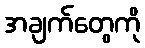
အချက်တွေကို